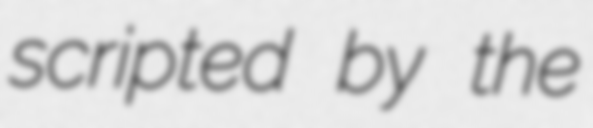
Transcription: scripted by the